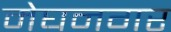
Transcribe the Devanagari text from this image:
मेघनगर